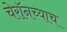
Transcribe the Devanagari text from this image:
चेरॉनच्याच